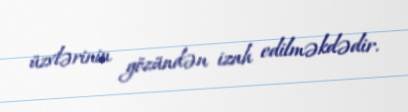
üzvlərinin gözündən izah edilməkdədir.